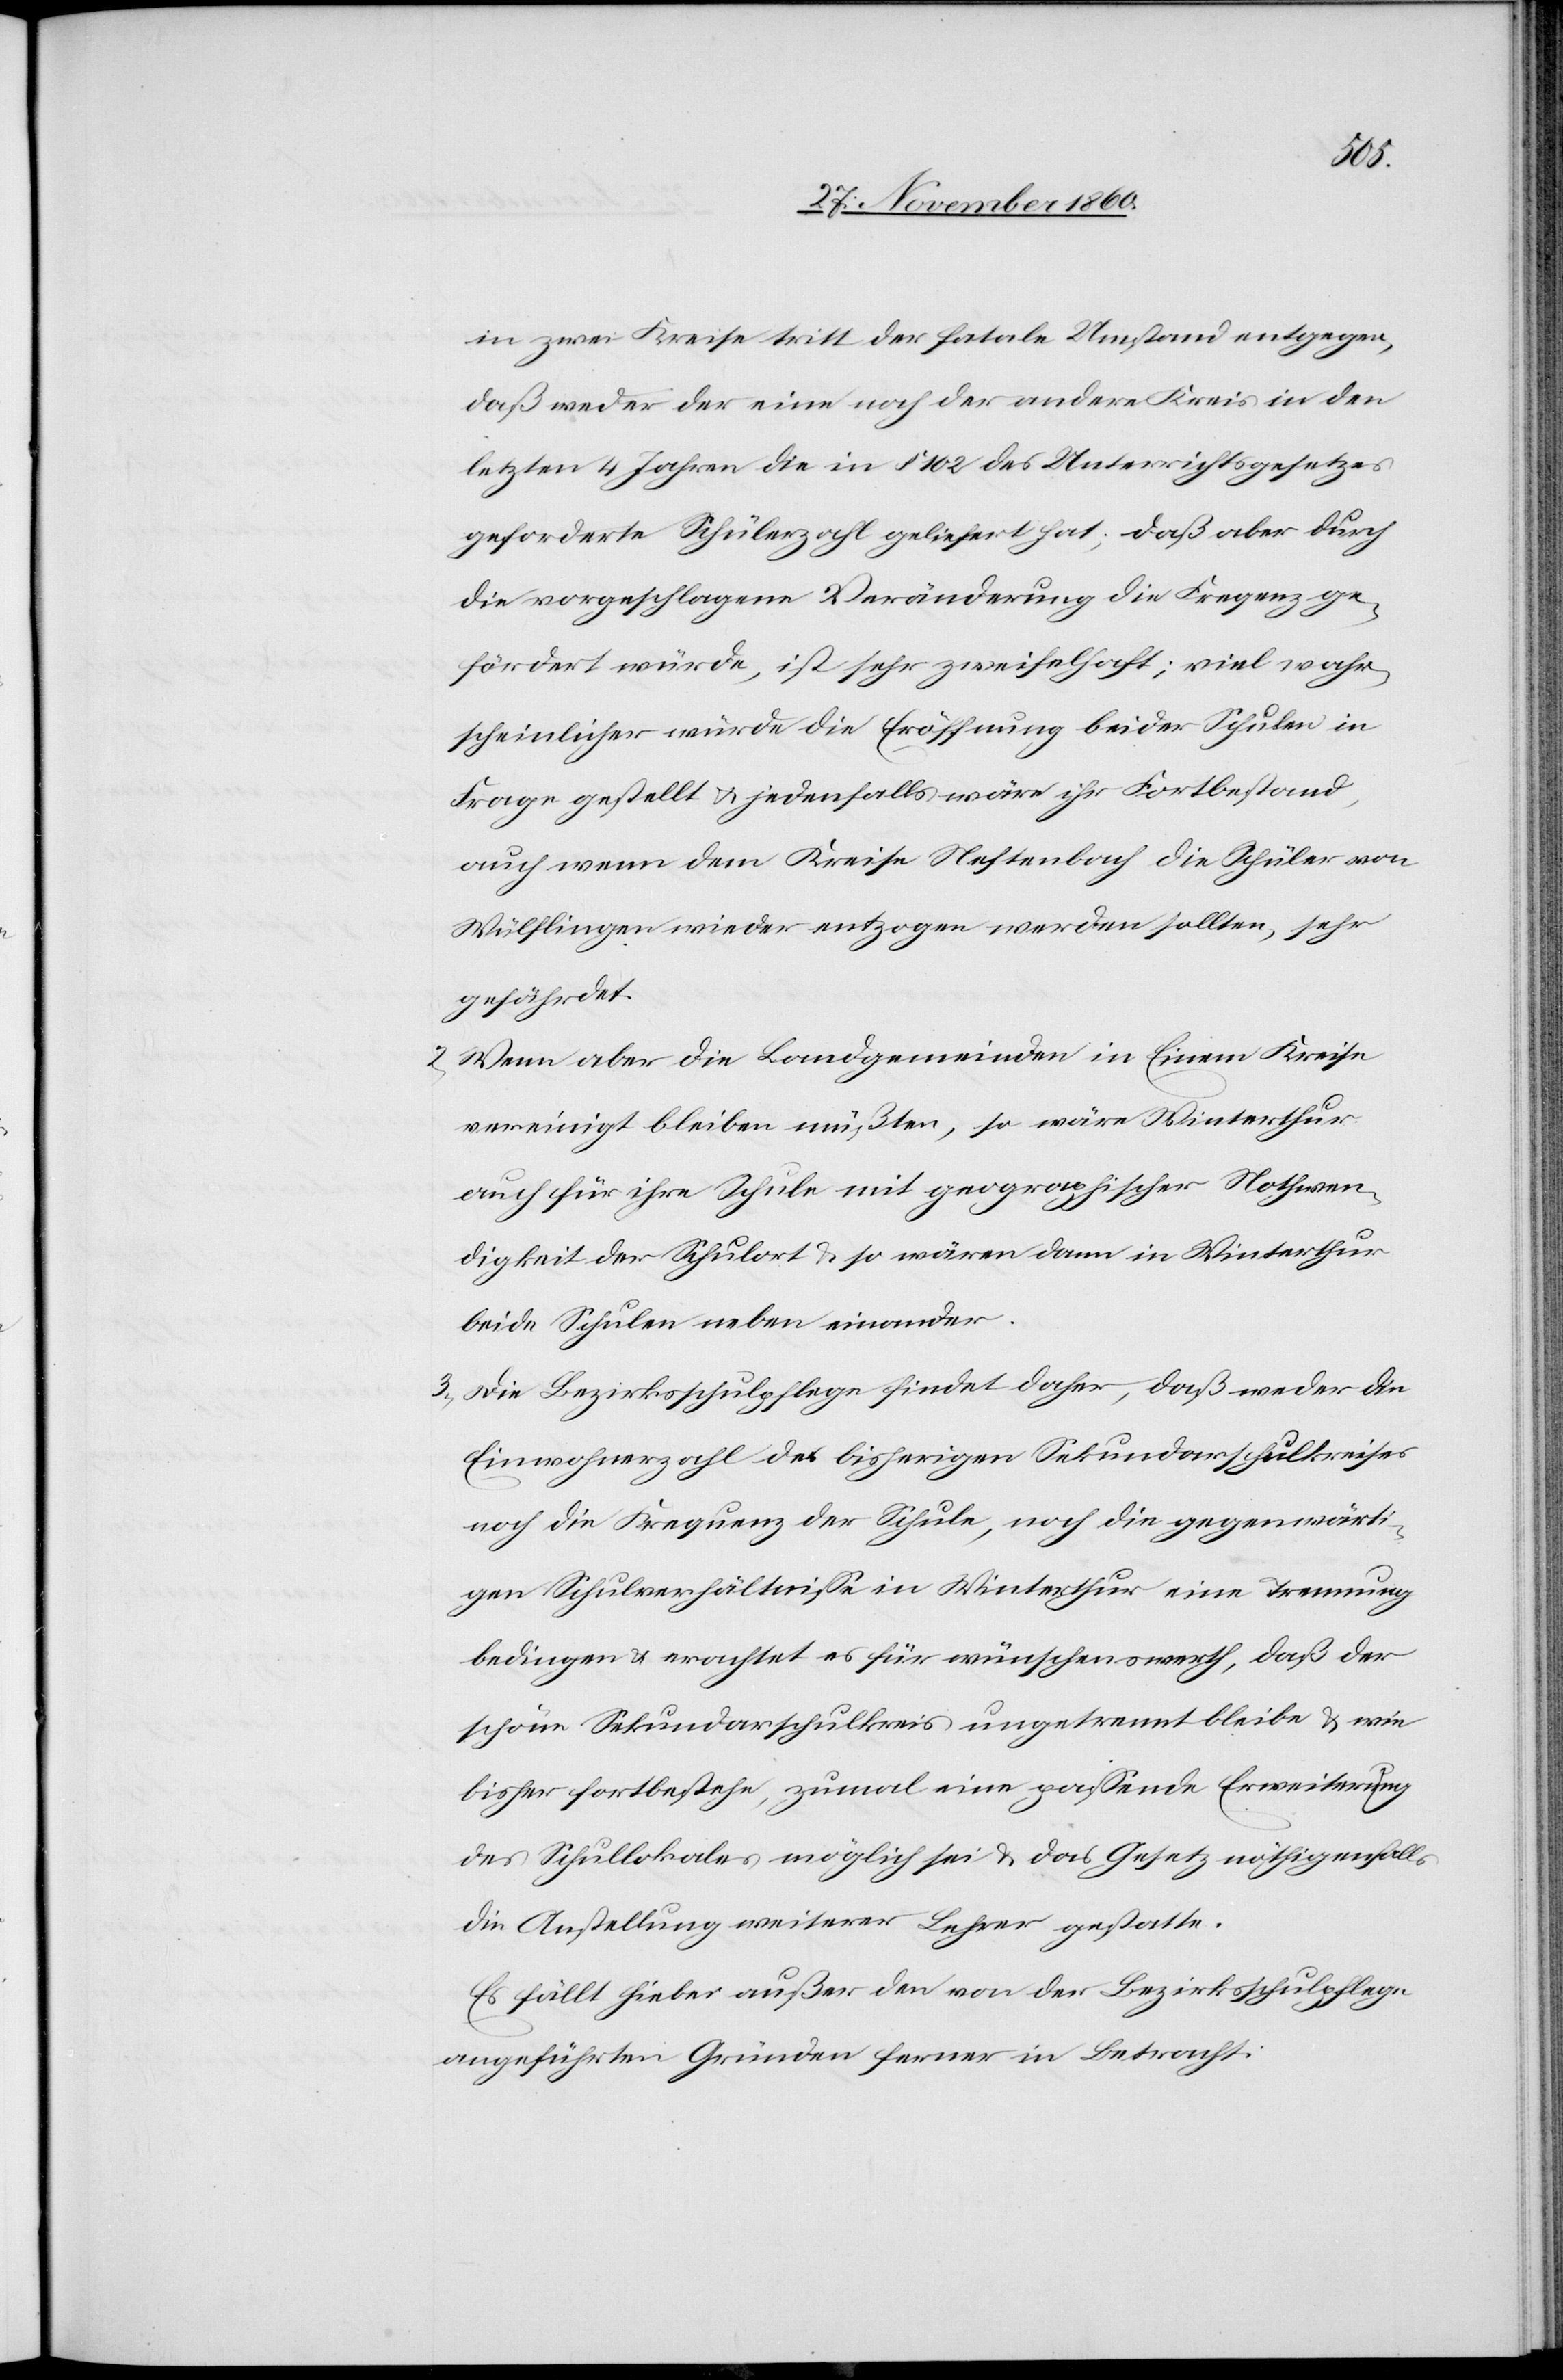
in zwei Kreise tritt der fatale Umstand entgegen,
daß weder der eine noch der andere Kreis in den
letzten 4 Jahren die in § 102 des Unterrichtsgesetzes
geforderte Schülerzahl beliefert hat; daß aber durch
die vorgeschlagene Veränderung die Frequenz ge¬
fördert würde, ist sehr zweifelhaft; viel wahr¬
scheinlicher würde die Eröffnung beider Schulen in
Frage gestellt u. jedenfalls wäre ihr Fortbestand,
auch wenn dem Kreise Neftenbach die Schüler von
Wülflingen wieder entzogen werden sollten, sehr
gefährdet.
2. Wenn aber die Landgemeinden in Einem Kreise
vereinigt bleiben müßten, so wäre Winterthur
auch für ihre Schule mit geographischer Nothwen¬
digkeit der Schulort u. so wären dann in Winterthur
beide Schulen neben einander.
3. Die Bezirksschulpflege findet daher, daß weder die
Einwohnerzahl des bisherigen Sekundarschulkreises
noch die Frequenz der Schule noch die gegenwärti¬
gen Schulverhältnisse in Winterthur eine Trennung
bedinge u. erachtet es für wünschenswerth, daß der
schöne Sekundarschulkreis ungetrennt bleibe u. wie
bisher fortbestehe, zumal eine passende Erweiterung
des Schullokales möglich sei u. das Gesetz nöthigenfalls
die Anstellung weiterer Lehrer gestatte.
Es fällt hiebei außer den von der Bezirksschulpflege
angeführten Gründen ferner in Betracht: